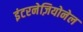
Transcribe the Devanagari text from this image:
इंटरनेज़ियोनेल